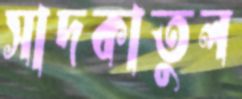
সাদকাতুল